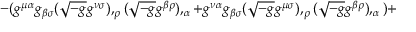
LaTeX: - ( g ^ { \mu \alpha } g _ { \beta \sigma } ( { \sqrt { - g } } g ^ { \nu \sigma } ) , _ { \rho } ( { \sqrt { - g } } g ^ { \beta \rho } ) , _ { \alpha } + g ^ { \nu \alpha } g _ { \beta \sigma } ( { \sqrt { - g } } g ^ { \mu \sigma } ) , _ { \rho } ( { \sqrt { - g } } g ^ { \beta \rho } ) , _ { \alpha } ) +